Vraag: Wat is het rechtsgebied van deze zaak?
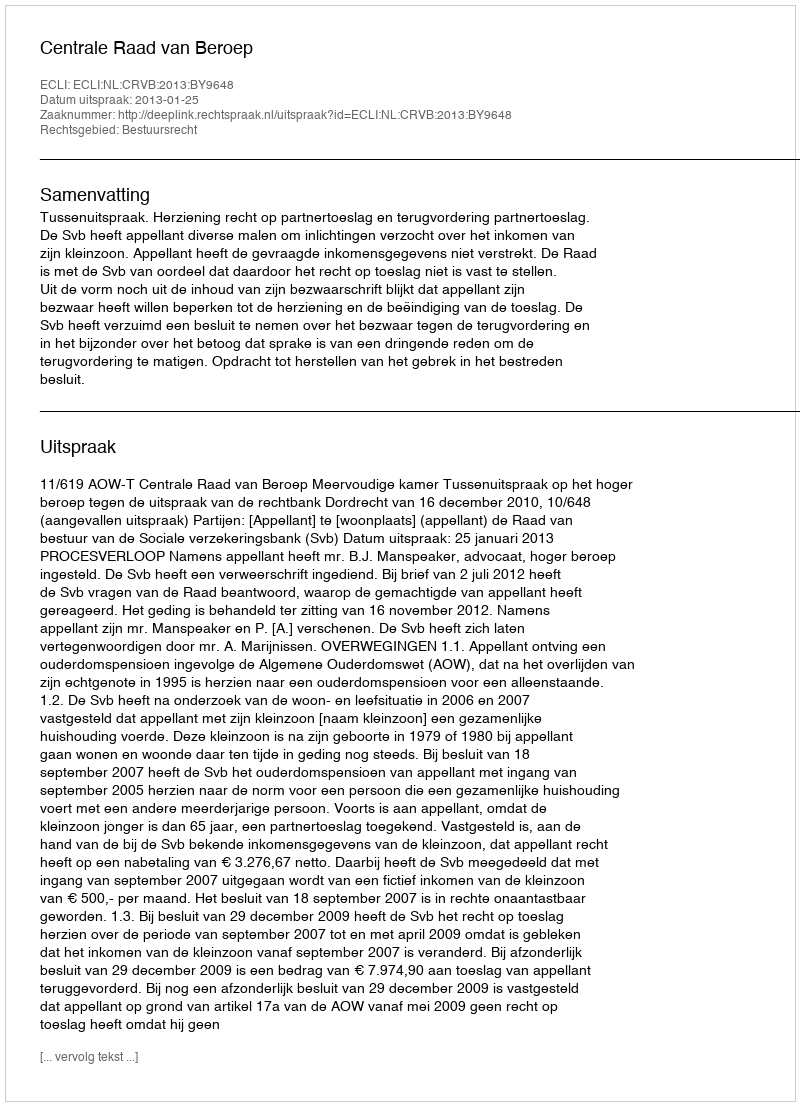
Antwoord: Bestuursrecht